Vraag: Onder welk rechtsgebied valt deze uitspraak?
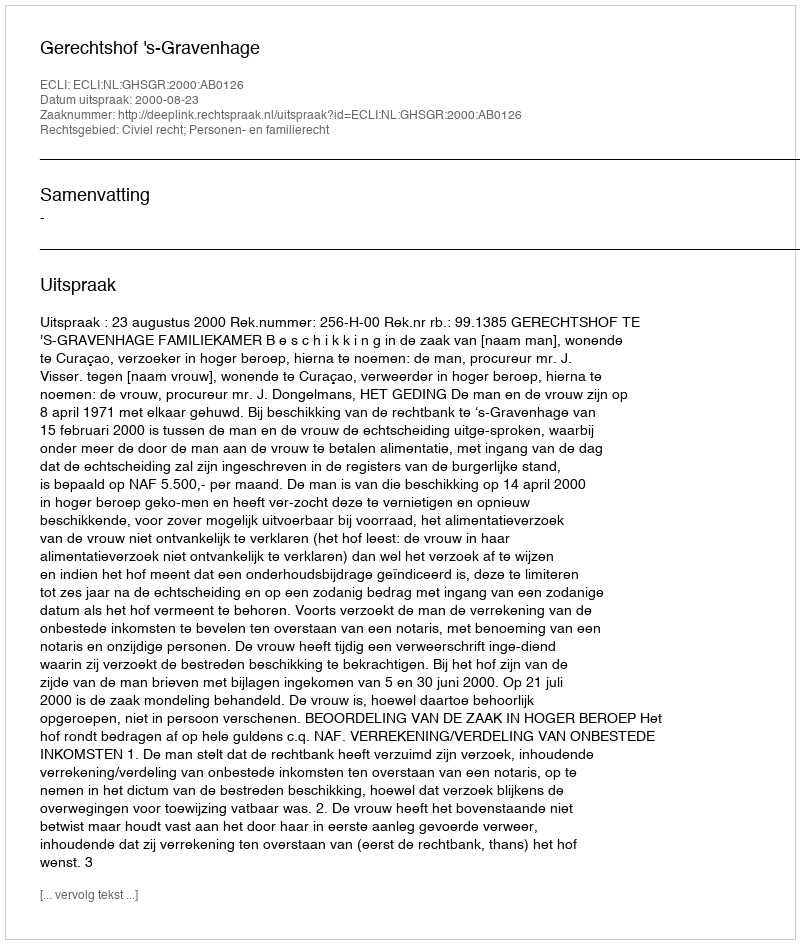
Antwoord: Civiel recht; Personen- en familierecht